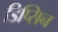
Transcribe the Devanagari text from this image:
डिप्सिन